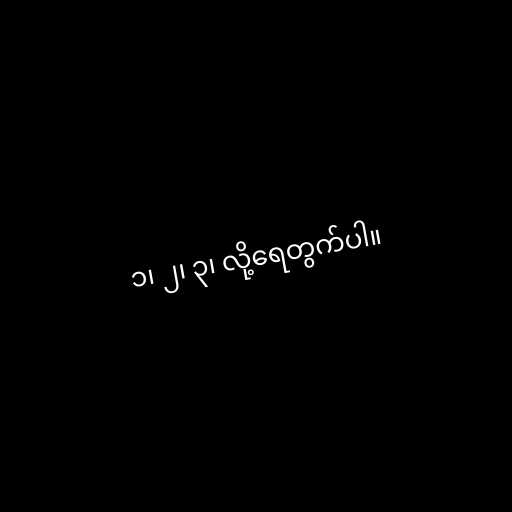
၁၊ ၂၊ ၃၊ လို့ရေတွက်ပါ။